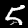
Label: 5